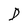
Character: D